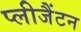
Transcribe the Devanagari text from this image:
प्लीजैंटन